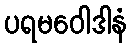
ပရမဝေါဒါနံ